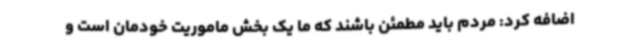
اضافه کرد: مردم باید مطمئن باشند که ما یک بخش ماموریت خودمان است و